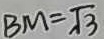
B M = \sqrt { 3 }